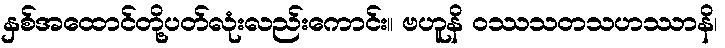
နှစ်အထောင်တို့ပတ်လုံးလည်းကောင်း။ ဗဟူနိ ဝဿသတသဟဿာနိ၊